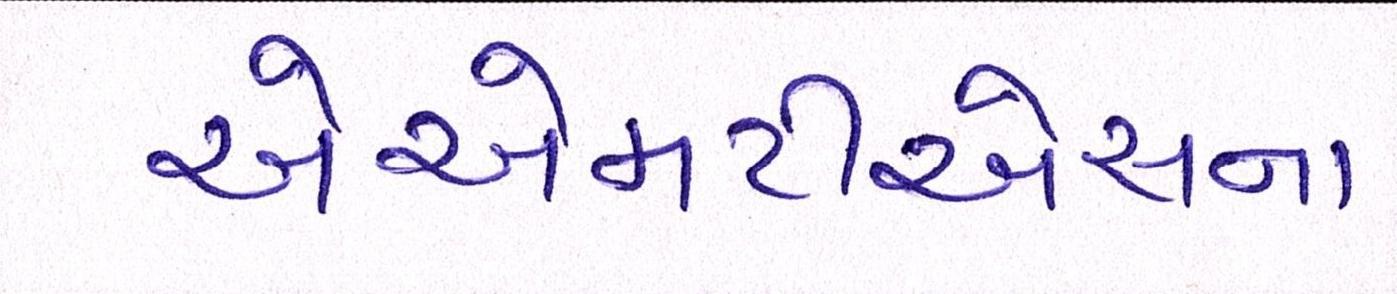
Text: એએમટીએસના